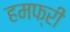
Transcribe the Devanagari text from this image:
हमफ्री